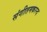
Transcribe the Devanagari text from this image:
संगीतमकरन्द